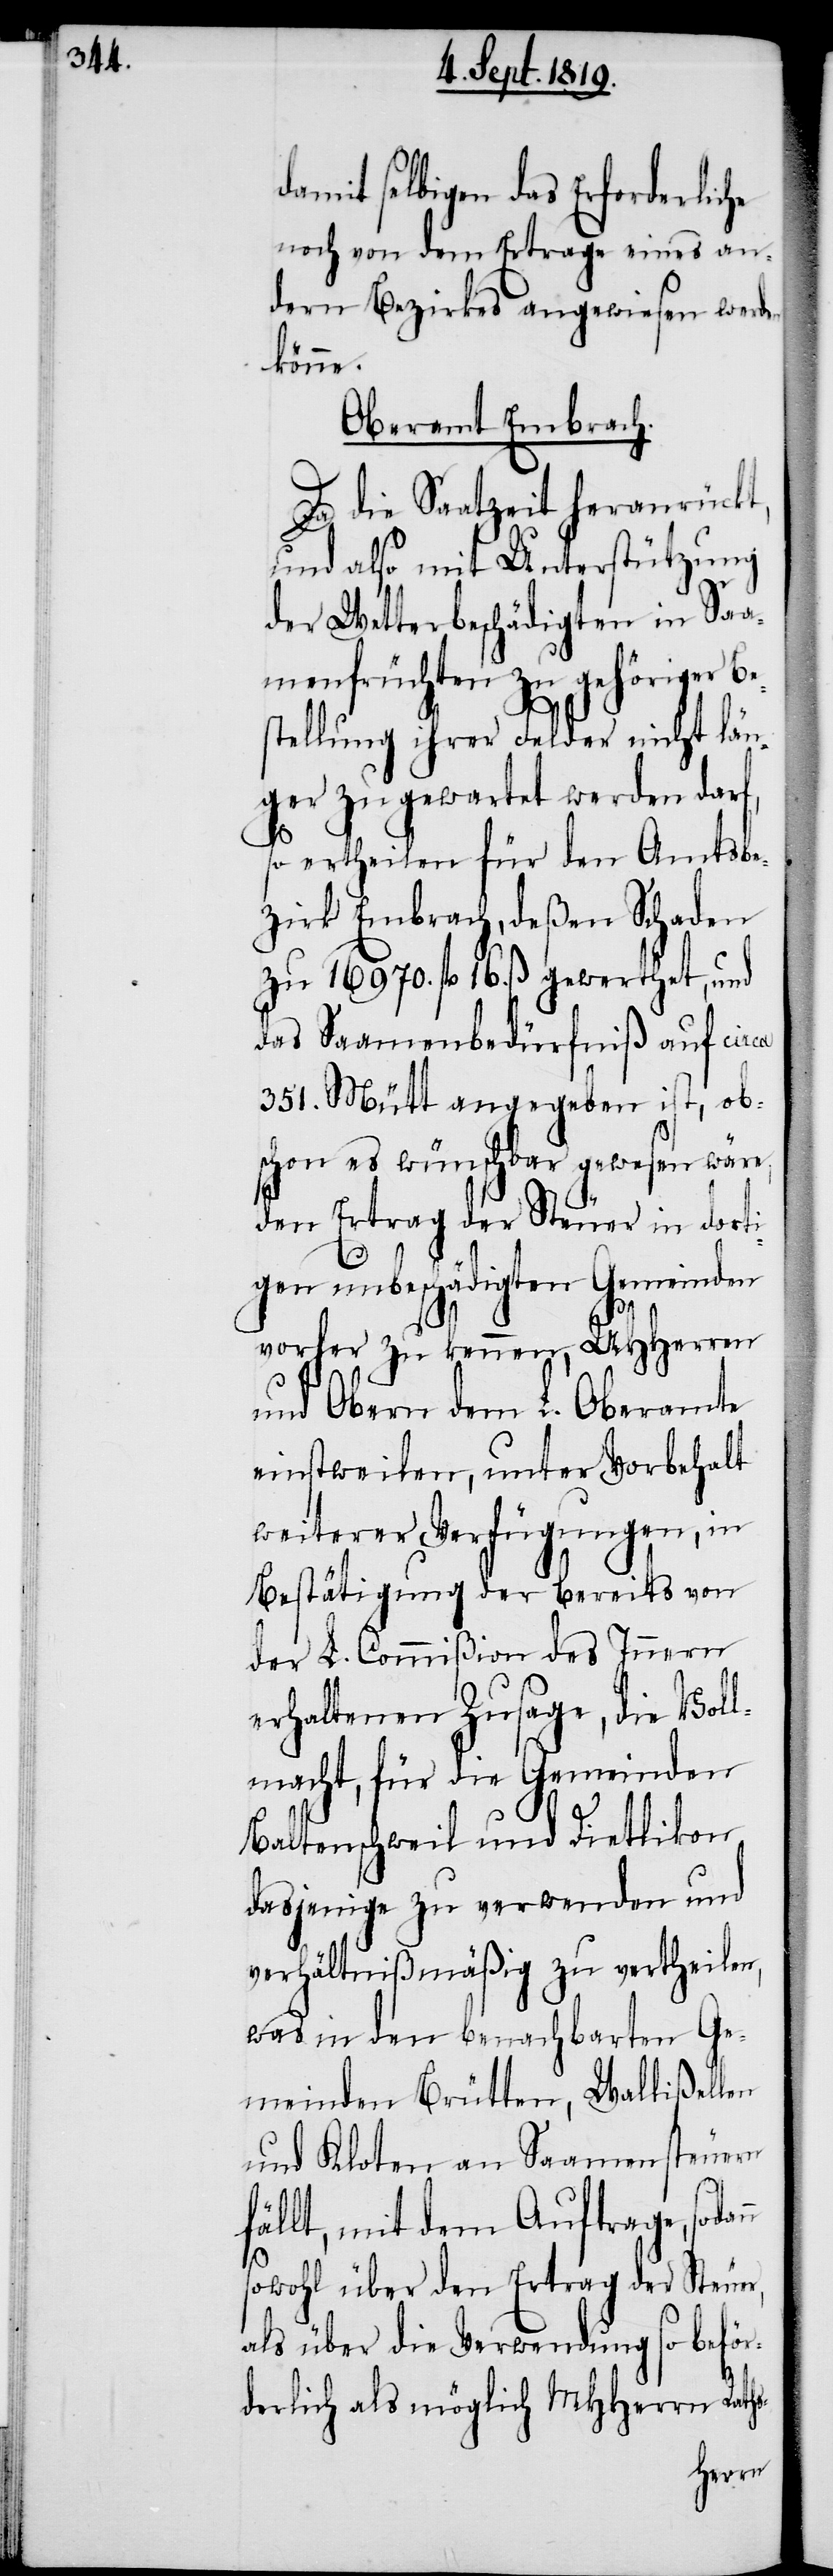
damit selbigen das Erforderliche
noch von dem Ertrage eines an¬
dern Bezirkes angewiesen werden
könne.
Oberamt Embrach.
Da die Saatzeit heranrückt,
und also mit Unterstützung
der Wetterbeschädigten in Saa¬
menfrüchten zu gehöriger Be¬
stellung ihrer Felder nicht län¬
ger zu gewartet werden darf,
so ertheilen für den Amtsbe¬
zirk Embrach, deßen Schaden
zu 16970. fl. 16. ß. gewerthet, und
das Saamenbedürfniß auf circa
351. Mütt angegeben ist, ob¬
schon es wünschbar gewesen wäre,
den Ertrag der Steuer in dorti¬
gen unbeschädigten Gemeinden
nn
vorher zu kennen, UHHerren
und Obern dem L. Oberamte
einstweilen, unter Vorbehalt
weiterer Verfügungen, in
Bestätigung der bereits von
der L. Commißion des Innern
erhaltenen Zusage, die Voll¬
macht, für die Gemeinden
Baltenschweil und Dietlikon
dasjenige zu verwenden und
verhältnißmäßig zu vertheilen,
was in den benachbarten Ge¬
meinden Brütten, Wallißellen
und Kloten an Saamensteuern
fällt, mit dem Auftrage, soda¬
sowohl über den Ertrag der Steuer,
als über die Verwendung so beför¬
derlich als möglich MHHerrn Raths-